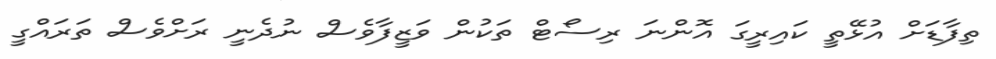
ތިފާޑަށް އުޅޭތީ ކައިރީގަ އޮންނަ ރިސޯޓް ތަކުން ވަޒީފާވެސް ނުދެނީ ރަށްވެސް ތަރައްގީ